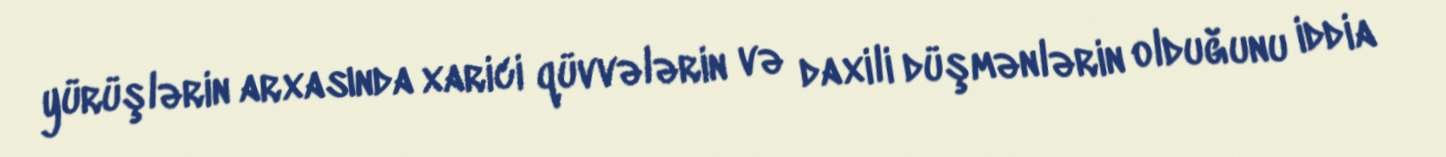
yürüşlərin arxasında xarici qüvvələrin və daxili düşmənlərin olduğunu iddia